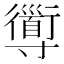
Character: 𡭑